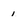
Character: 1